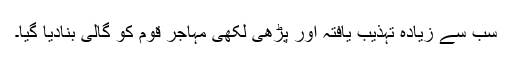
سب سے زیادہ تہذیب یافتہ اور پڑھی لکھی مہاجر قوم کو گالی بنادیا گیا۔